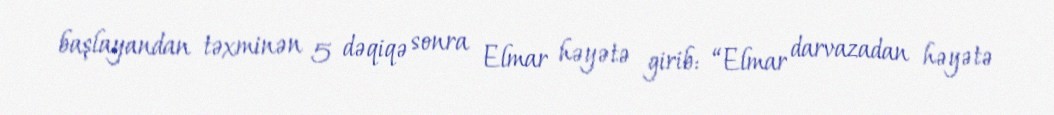
başlayandan təxminən 5 dəqiqə sonra Elmar həyətə girib: “Elmar darvazadan həyətə